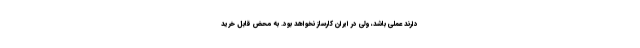
دارند عملی باشد، ولی در ایران کارساز نخواهد بود. به محض قابل خرید